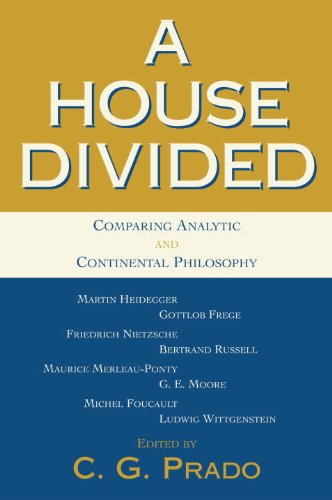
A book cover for A House Divided: Comparing Analytic and Continental Philosophy; Politics & Social Sciences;